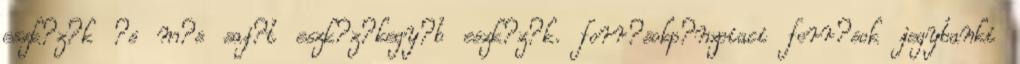
eszk?z?k ?s m?s saj?t eszk?z?kegy?b eszk?z?k. forr?sokp?nzpiaci forr?sok jegybanki